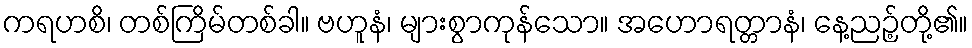
ကရဟစိ၊ တစ်ကြိမ်တစ်ခါ။ ဗဟူနံ၊ များစွာကုန်သော။ အဟောရတ္တာနံ၊ နေ့ညဉ့်တို့၏။